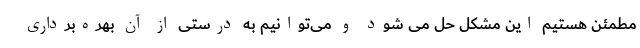
مطمئن هستیم این مشکل حل می شود و می‌توانیم به درستی از آن بهره‌برداری